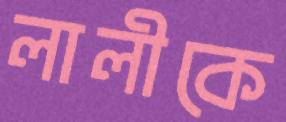
লালীকে